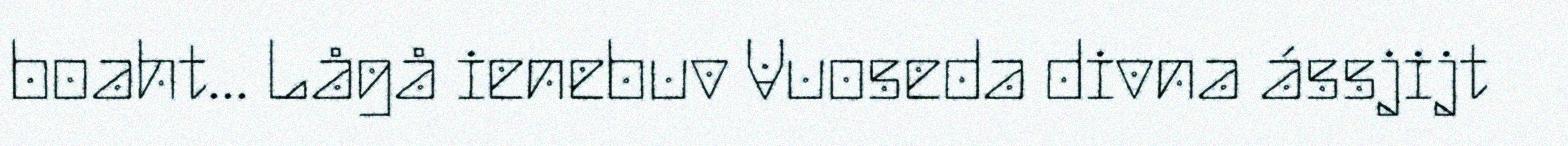
boaht... Lågå ienebuv Vuoseda divna ássjijt